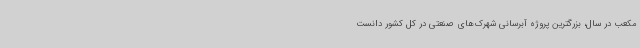
مکعب در سال، بزرگترین پروژه آبرسانی شهرک‌های صنعتی در کل کشور دانست